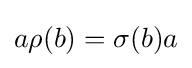
a\rho (b)=\sigma (b)a